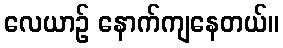
လေယာဉ် နောက်ကျနေတယ်။